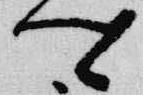
卿